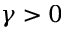
\gamma > 0